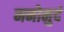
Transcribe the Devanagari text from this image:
मनोमुदं